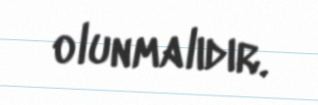
olunmalıdır.